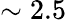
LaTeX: \sim 2.5